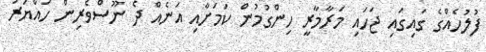
ފުލުހެއްގެ ގައިގައި ޖަހައި މަރާމާރީ ހިންގުމުން ކަމަށާއި އަނެއް ދެ ނޫސްވެރިން ހައްޔަރު